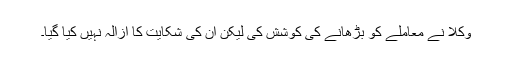
وکلا نے معاملے کو بڑھانے کی کوشش کی لیکن ان کی شکایت کا ازالہ نہیں کیا گیا۔